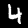
Digit: 4